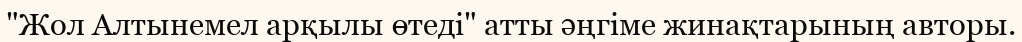
"Жол Алтынемел арқылы өтеді" атты әңгіме жинақтарының авторы.